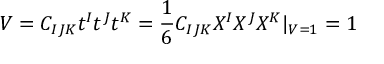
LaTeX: V = C _ { I J K } t ^ { I } t ^ { J } t ^ { K } = \frac { 1 } { 6 } C _ { I J K } X ^ { I } X ^ { J } X ^ { K } | _ { V = 1 } = 1